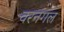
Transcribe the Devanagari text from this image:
वरनगल